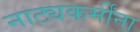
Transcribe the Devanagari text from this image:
नाट्यकर्मींना